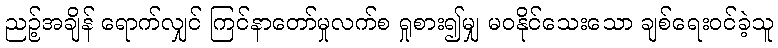
ညဉ့်အချိန် ရောက်လျှင် ကြင်နာတော်မှုလက်စ ရှုစား၍မျှ မဝနိုင်သေးသော ချစ်ရေးဝင်ခဲ့သူ